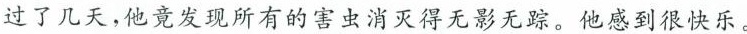
过了几天，他竟发现所有的害虫消灭得无影无踪。他感到很快乐。